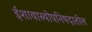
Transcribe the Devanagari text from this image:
ईशावास्योपनिषदातील